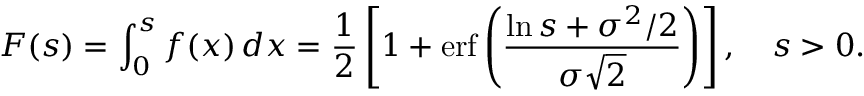
F ( s ) = \int _ { 0 } ^ { s } f ( x ) \, d x = { \frac { 1 } { 2 } } \left[ 1 + \operatorname { e r f } \left( { \frac { \ln s + \sigma ^ { 2 } / 2 } { \sigma { \sqrt { 2 } } } } \right) \right] , \quad s > 0 .